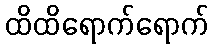
ထိထိရောက်ရောက်